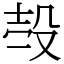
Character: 𣪊